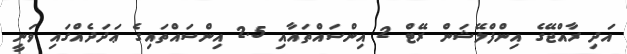
އަދި ރާއްޖޭގެ އިންފްލޭޝަން ރޭޓް 2 އިންސައްތައާއި 2.5 އިންސައްތައިގެ ޢަދަދެއްގައި ވަނީ